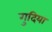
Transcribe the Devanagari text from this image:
गुदिया